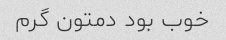
خوب بود دمتون گرم